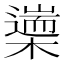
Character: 𣜅